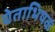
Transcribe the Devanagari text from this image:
चेताभिषक